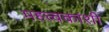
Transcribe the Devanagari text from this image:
महत्त्वकांशी